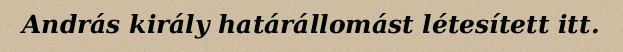
András király határállomást létesített itt.